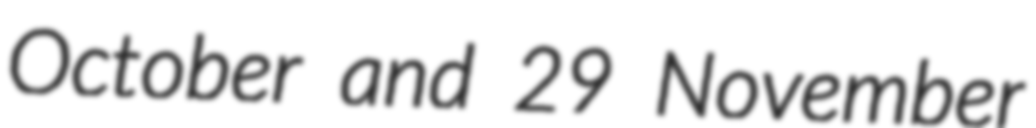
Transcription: October and 29 November